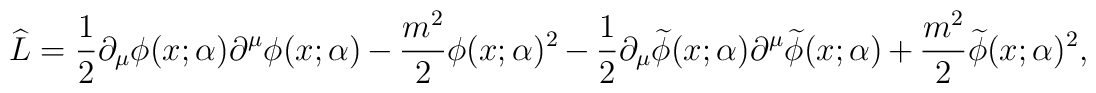
\widehat{L}=\frac{1}{2}\partial _{\mu }\phi (x;\alpha )\partial ^{\mu }\phi(x;\alpha )-\frac{m^{2}}{2}\phi (x;\alpha )^{2}-\frac{1}{2}\partial _{\mu }\widetilde{\phi }(x;\alpha )\partial ^{\mu }\widetilde{\phi }(x;\alpha )+\frac{m^{2}}{2}\widetilde{\phi }(x;\alpha )^{2},